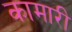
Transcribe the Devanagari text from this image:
कामारी